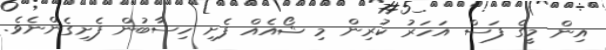
އިން މީގެ ފަސް އަހަރު ކުރިން މި ޝޯއެއް ފެށި ހިސާބުން ފެށިގެންނެވެ.